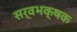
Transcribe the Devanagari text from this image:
सर्वभक्षक